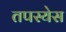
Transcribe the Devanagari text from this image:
तपस्येस